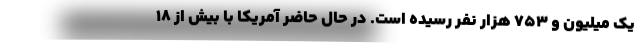
یک میلیون و 753 هزار نفر رسیده است. در حال حاضر آمریکا با بیش از 18